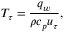
T _ { \tau } = \frac { q _ { w } } { \rho c _ { p } u _ { \tau } } ,